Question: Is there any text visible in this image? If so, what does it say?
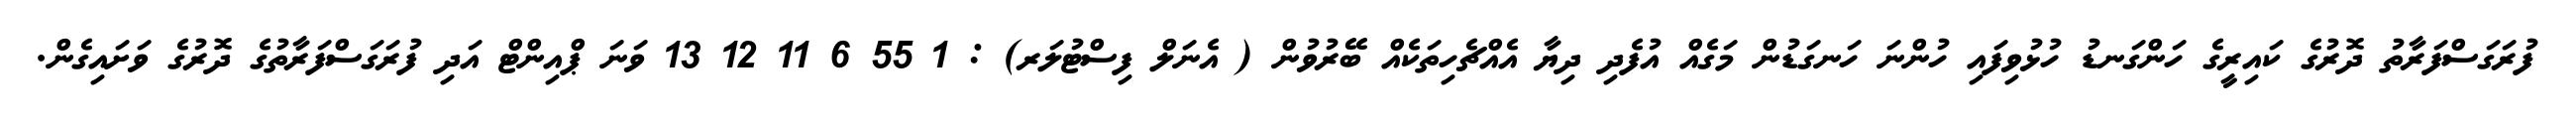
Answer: ފުރަގަސްފަރާތު ދޮރުގެ ކައިރީގެ ހަންގަނޑު ހުޅުވިފައި ހުންނަ ހަނގަޑުން މަގެއް އުފެދި ދިޔާ އެއްޗެހިތަކެއް ބޭރުވުން ( އެނަލް ފިސްޓުލަރ) : 1 55 6 11 12 13 ވަނަ ޕްއިންޓް އަދި ފުރަގަސްފަރާތުގެ ދޮރުގެ ވަށައިގެން.